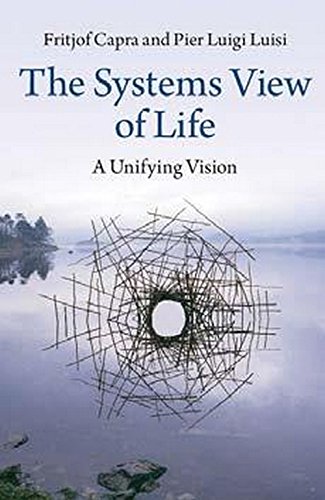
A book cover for The Systems View of Life: A Unifying Vision; Professor Fritjof Capra; Medical Books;